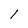
Character: l